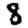
Digit: 8